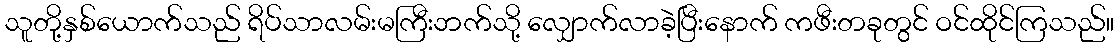
သူတို့နှစ်ယောက်သည် ရိပ်သာလမ်းမကြီးဘက်သို့ လျှောက်လာခဲ့ပြီးနောက် ကဖီးတခုတွင် ဝင်ထိုင်ကြသည်။